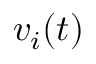
v _ { i } ( t )